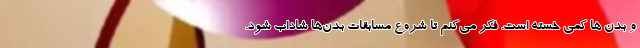
و بدن ها کمی خسته است. فکر می‌کنم تا شروع مسابقات بدن‌ها شاداب شود.